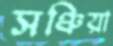
সঞ্চিয়া